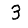
Digit: 3